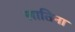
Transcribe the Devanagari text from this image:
लातिना